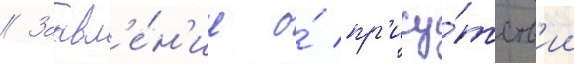
// Заавл'е́н'ие о́ пр'ису́тств'ии